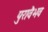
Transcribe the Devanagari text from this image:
पुरावैभव